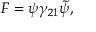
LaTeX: F = \psi \gamma _ { 2 1 } \tilde { \psi } ,